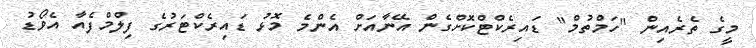
މީގެ ތެރެއިން "ހަމްތުމް" ޑައިރެކްޓްކޮށްގެން އޭނާއަށް އެންމެ މޮޅު ޑައިރެކްޓަރުގެ ފިލްމްފެއާ އެވޯޑު